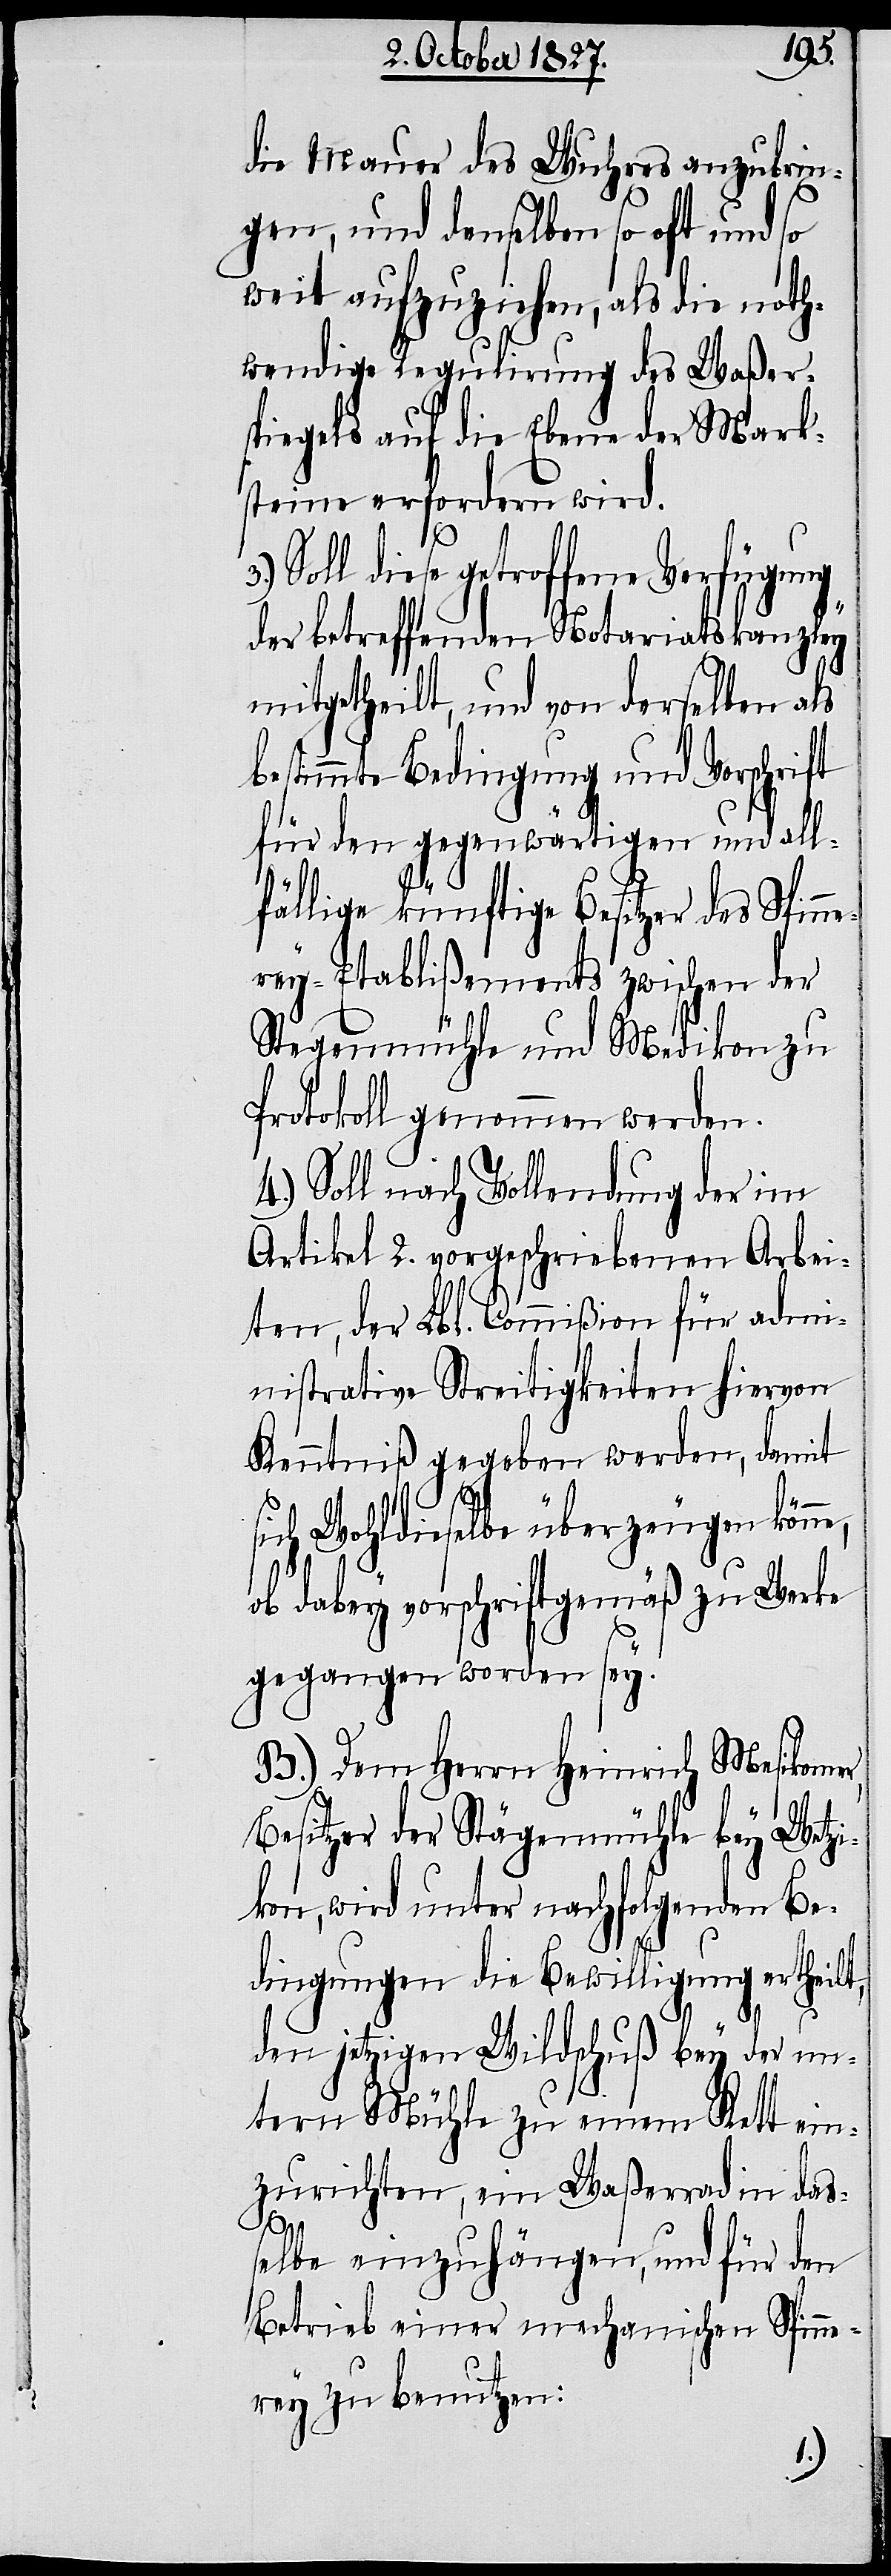
die Mauer des Wuhres anzubrin¬
gen, und denselben so oft und so
weit aufzuziehen, als die noth¬
wendige Regulirung des Waßers¬
piegels auf die Ebene der Mark¬
steine erfordern wird.
3.)
Soll diese getroffene Verfügung
der betreffenden Notariatskanzley
mitgetheilt, und von derselben als
bestimmte Bedingung und Vorschrift
für den gegenwärtigen und all¬
fällige künftige Besitzer des Spin¬
nerey-Etablißements zwischen der
Stegenmühle und Medikon zu
Protokoll genommen werden.
4.) Soll nach Vollendung der im
Artikel 2. vorgeschriebenen Arbei¬
ten, der Lbl. Commißion für Admi¬
nistrative Streitigkeiten hiervon
Kenntniß gegeben werden, damit
sich Wohldieselbe überzeugen könn¬
ob dabey vorschriftgemäß zu Werke
gegangen worden sey.
B.) Dem Herrn Heinrich Mesikomer
Besitzer der Stägenmühle bey Wetz¬
ikon, wird unter nachfolgenden Be¬
dingungen die Bewilligung ertheilt,
den jetzigen Wildschuß bey der un¬
tern Mühle zu einem Kett ein¬
zurichten, ein Waßerrad in das¬
e,
selbe einzuhängen, und für den
Betrieb einer mechanischen Spinne¬
rey zu benutzen: